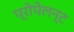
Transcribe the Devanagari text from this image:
प्रोपेलन्ट